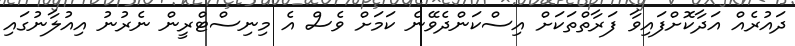
ދައުރެއް އަދާކޮށްފައިވާ ފަރާތްތަކަށް އިސްކަންދެވޭނެ ކަމަށް ވެސް އެ މިނިސްޓްރީން ނެރުނު އިއުލާނުގައި